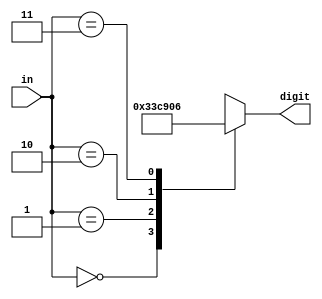
`timescale 1ns / 1ps
//////////////////////////////////////////////////////////////////////////////////
// Company: 
// Engineer: 
// 
// Design Name: 
// Module Name: difficulty_to_disp
// Project Name: 
// Target Devices: 
// Tool Versions: 
// Description: 
// 
// Dependencies: 
// 
// Revision:
// Revision 0.01 - File Created
// Additional Comments:
// 
//////////////////////////////////////////////////////////////////////////////////


module difficulty_to_disp(
    input [1:0] in,
    output reg [6:0] digit
    );
    always @(*) begin
        digit =  7'b1111111;
        case(in) 
            2'b00 : begin// 0 
                digit = 7'b0000001;
                end
            2'b01 : begin//1
                digit = 7'b1001111;
                end
            2'b10 : begin //2
                digit = 7'b0010010;
                end
            2'b11 : begin //3
                digit = 7'b0000110;
                end
            endcase
        end
endmodule